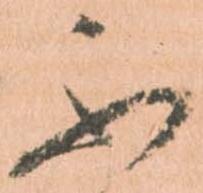
不